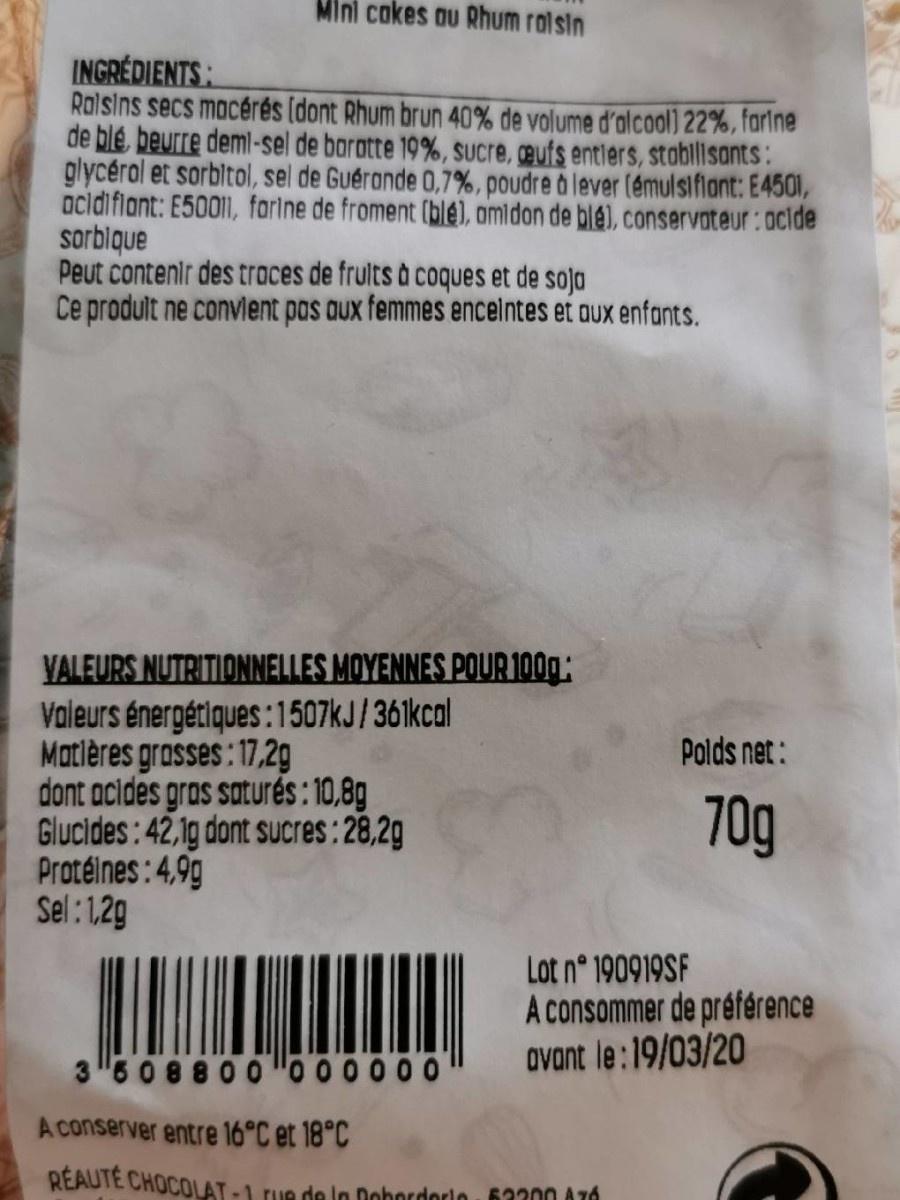
Mini cokes au Rhum ralsin
INGRÉDIENTS: Rolsins secs mocérés (dont Rhum brun 40% de volume d'alcool) 22%, farlne de blé, beurre deml-sel de baratte 19%, Sucre, œufs entlers, stobillisants: glycérol et sorbitol, sel de Guérande 0,7%, poudre à lever (émulsifiant: E4501, ocidifiont: E50011, farlne de froment (blé), amidon de blé), conservateur: acide sorblque Peut contenir des traces de frults à coques et de soja Ce prodult ne convlent pas aux femmes encelntes et aux enfants.
YALEURS NUTRITIONNELLES MOYENNES POUR 100g: Valeurs énergétiques:1507KJ/ 361kcal Matlères grosses: 17,2g dont acides gros saturés: 10,8g Glucides: 42,1g dont sucres:28,2g Protéines : 4,9g Sel:1.29
Polds net:
70g
Lot n° 190919SF A consommer de préférence ovant le :19/03/20
3 608800 "0 00000
A conserver entre 16°C et 18°C
REAUTE CHOCOLAT-1 rue de In Dobordorlo 62300 ATÓ